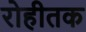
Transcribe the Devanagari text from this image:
रोहीतक